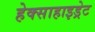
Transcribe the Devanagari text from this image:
हेक्साहाइड्रेट